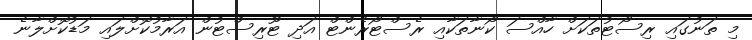
މި ތަނުގައި ރިސޯޓުތަކަށް ހާއްސަ ކޯނާތަކާއި ރެސްޓޯރެންޓް އަދި ޓޫރިސްޓުން އަރާމުކޮށްލައި މަޑުކޮށްލާނެ